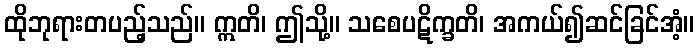
ထိုဘုရားတပည့်သည်။ ဣတိ၊ ဤသို့။ သစေပဋိက္ခတိ၊ အကယ်၍ဆင်ခြင်အံ့။